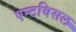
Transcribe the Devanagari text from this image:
एन्टविसल